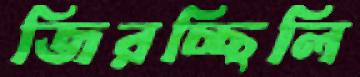
জিরচ্ছিলি